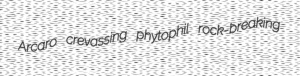
Arcaro crevassing phytophil rock-breaking